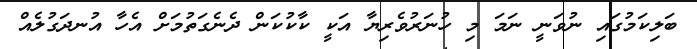
ބަލިކަމުގައި ނުވަނީ ނަމަ މި ހުނަރުވެރިޔާ އަކީ ކާކުކަން ދެނެގަތުމަށް އެހާ އުނދަގުލެއް